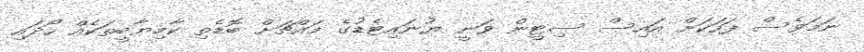
ނަމަވެސް ފަހަކަށް އައިސް ސިޓީން ވަނީ ޔުނައިޓެޑުގެ މައްޗަށް ބޮޑެތި ކާމިޔާބީތަކެއް ހޯދައި